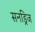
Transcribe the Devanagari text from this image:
सनड्रिज